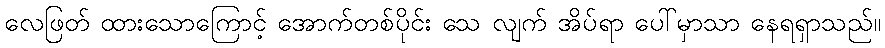
လေဖြတ် ထားသောကြောင့် အောက်တစ်ပိုင်း သေ လျက် အိပ်ရာ ပေါ်မှာသာ နေရရှာသည်။